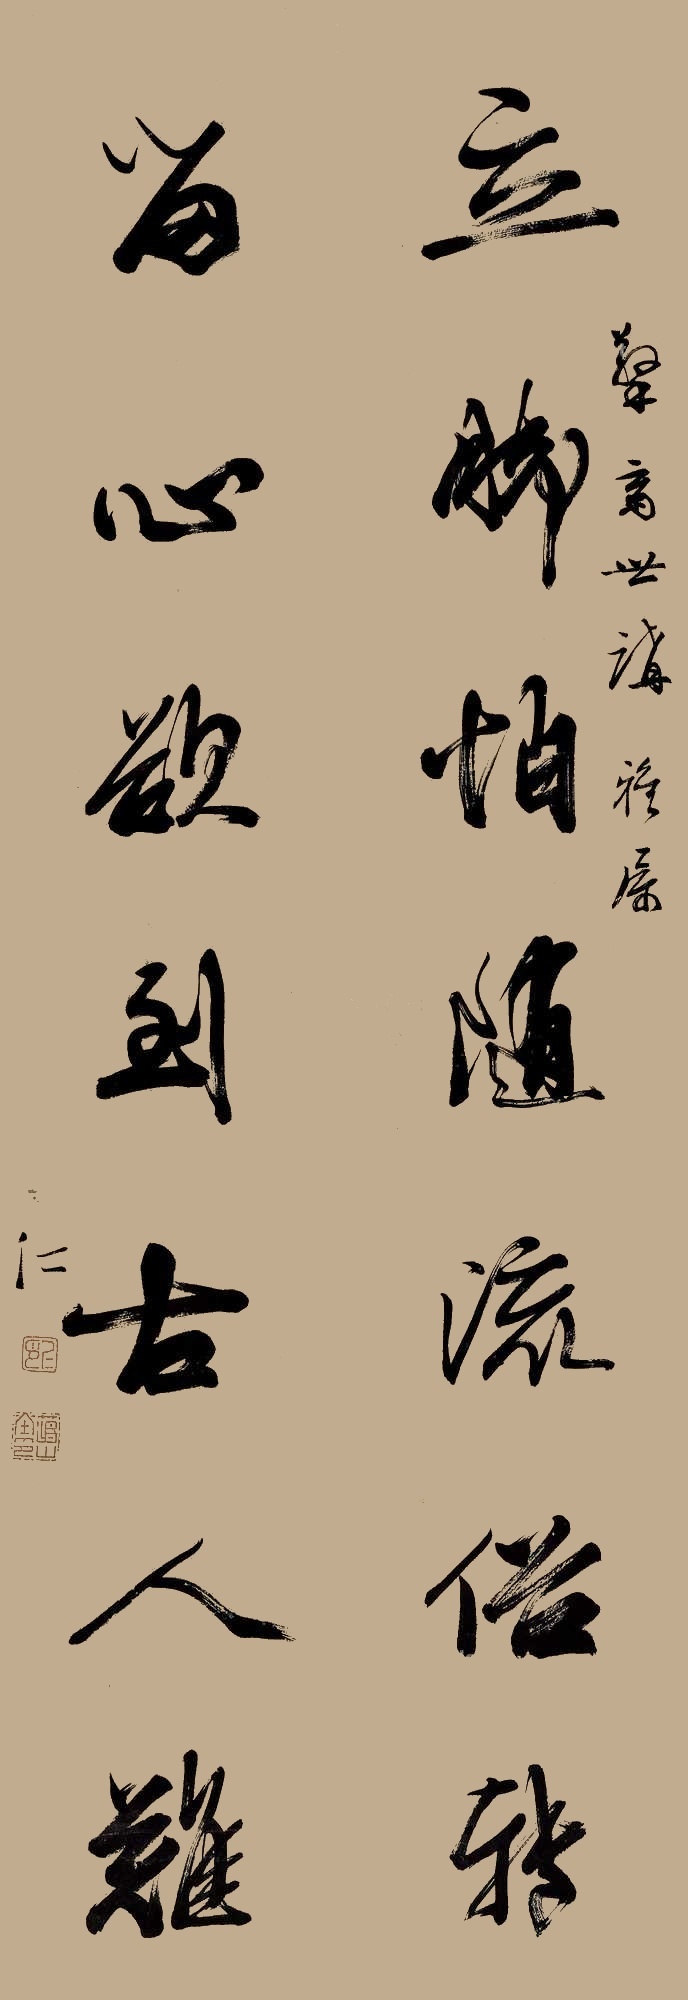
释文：立脚怕随流俗转，留心欲到古人难。擎斋世讲雅属，仁。